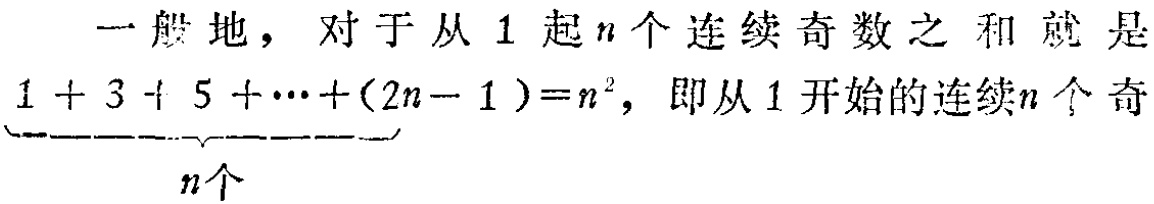
一般地，对于从$1$起$n$个连续奇数之和就是$\underbrace{1 + 3 + 5 + \cdots + (2n - 1)}_{n个}=n^{2}$，即从$1$开始的连续$n$个奇